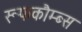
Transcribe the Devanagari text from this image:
रूफकौम्ब्स